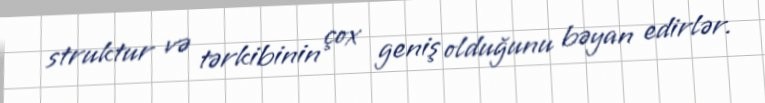
struktur və tərkibinin çox geniş olduğunu bəyan edirlər.